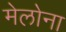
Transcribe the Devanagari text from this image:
मेलोना